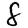
Digit: 8